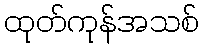
ထုတ်ကုန်အသစ်